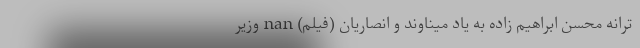
ترانه محسن ابراهیم زاده به یاد میناوند و انصاریان (فیلم) nan وزیر